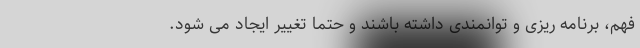
فهم، برنامه ریزی و توانمندی داشته باشند و حتما تغییر ایجاد می شود.